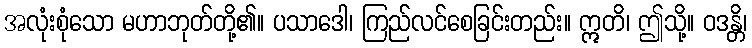
အလုံးစုံသော မဟာဘုတ်တို့၏။ ပသာဒေါ၊ ကြည်လင်စေခြင်းတည်း။ ဣတိ၊ ဤသို့။ ဝဒန္တိ၊